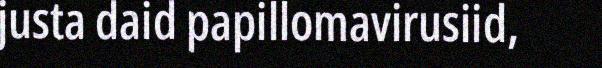
justa daid papillomavirusiid,